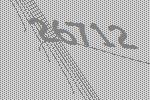
26712